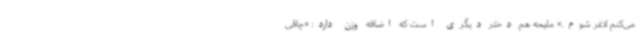
می‌کنم لاغر شوم.» ملیحه هم دختر دیگری است که اضافه وزن دارد: «چاقی